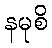
နမုစိ